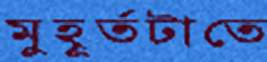
মুহূর্তটাতে